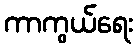
ကာကွယ်ရေး